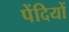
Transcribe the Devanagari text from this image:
पेंदियों